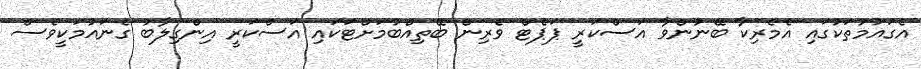
އެގައުމުތަކުގައި އެމެރިކާ ބޭނުންވާ އަސްކަރީ ޕަޕެޓް ވެރިން ބޭތިއްބުމަށްޓަކައި އަސްކަރީ އިންގިލާބު ގެނައުމަކީވެސް